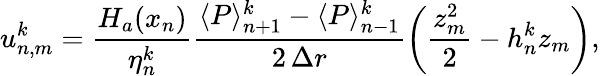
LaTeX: u_{n,m}^{k}=\frac{H_{a}(x_{n})}{\eta_{n}^{k}}\frac{\langle P\rangle_{n+1}^{k}-\langle P\rangle_{n-1}^{k}}{2\, \Delta r}\left(\frac{z_{m}^{2}}{2}-h_{n}^{k}z_{m}\right),